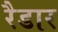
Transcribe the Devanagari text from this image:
रैडार